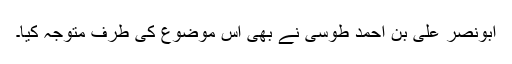
ابونصر علی بن احمد طوسی نے بھی اس موضوع کی طرف متوجہ کیا۔